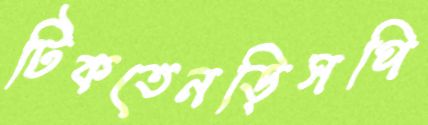
টিকতেনড়িসপি